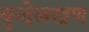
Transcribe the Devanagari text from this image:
बुन्देलखण